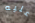
عليه